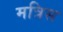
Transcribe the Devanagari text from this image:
मत्रिस